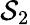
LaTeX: \mathcal{S}_{2}